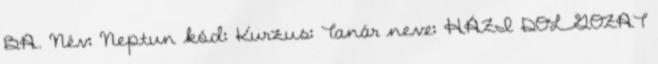
BA. Név: Neptun kód: Kurzus: Tanár neve: HÁZI DOLGOZAT